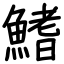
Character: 鰭